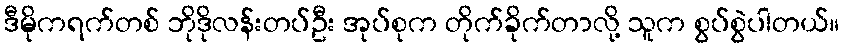
ဒီမိုကရက်တစ် ဘိုဒိုလန်းတပ်ဦး အုပ်စုက တိုက်ခိုက်တာလို့ သူက စွပ်စွဲပါတယ်။